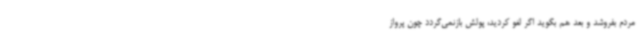
مردم بفروشد و بعد هم بگوید اگر لغو کردید، پولش بازنمی‌گردد چون پرواز